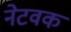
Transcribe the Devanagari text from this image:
नेटवक